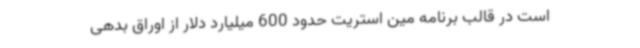
است در قالب برنامه مین استریت حدود 600 میلیارد دلار از اوراق بدهی